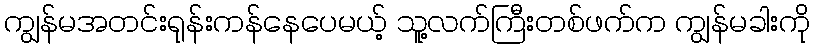
ကျွန်မအတင်းရုန်းကန်နေပေမယ့် သူ့လက်ကြီးတစ်ဖက်က ကျွန်မခါးကို